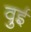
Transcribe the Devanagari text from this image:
वुई